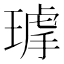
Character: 𤨇